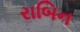
રાબિન